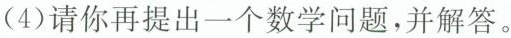
(4)请你再提出一个数学问题，并解答。